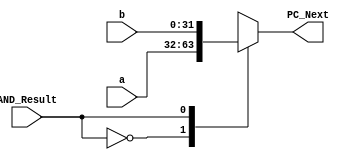
`timescale 1ns / 1ps
//////////////////////////////////////////////////////////////////////////////////
// Company: 
// Engineer: 
// 
// Design Name: 
// Module Name:    Multiplexer_4 
// Project Name: 
// Target Devices: 
// Tool versions: 
// Description: 
//
// Dependencies: 
//
// Revision: 
// Revision 0.01 - File Created
// Additional Comments: This multiplexer was made to support beq instructions. 
//								IF the result of the AND gate (resulting a zero flag from ALU) 
// 							is 1, the next PC instruction will be the result calculated in PCBranch. 
//								Meaning the processor will branch a number of instructions. (Can be + or -).
//////////////////////////////////////////////////////////////////////////////////
module Multiplexer_4( input [31:0] a,
							 input [31:0] b,
							 input AND_Result,
							 output [31:0] PC_Next
							 );
reg [31:0] temp; 

	always @(*) begin 
		case (AND_Result)
			0: temp <= a;
			1: temp <= b;
		endcase 
	end
	
	assign PC_Next = temp;


endmodule